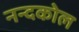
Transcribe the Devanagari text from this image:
नन्दकोल